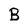
Character: B